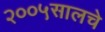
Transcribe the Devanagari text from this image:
२००५सालचे